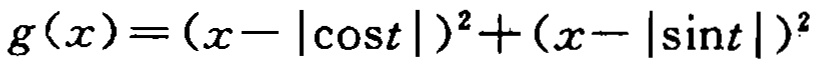
\(g(x)=(x - |\cos t|)^2+(x - |\sin t|)^2\)